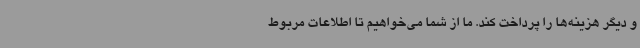
و دیگر هزینه‌ها را پرداخت کند. ما از شما می‌خواهیم تا اطلاعات مربوط